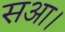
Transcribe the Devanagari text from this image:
सआ।